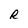
Character: R